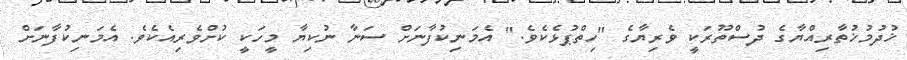
ޚުދުމުޚުތާރިއްޔާގެ ދުސްތޫރަކީ ވެރިޔާގެ "ހިތްޕުޅެކެވެ." އެމަނިކުފާނަށް ސަނާ ނުކިޔާ މީހަކީ ކުށްވެރިއެކެވެ. އެމަނިކުފާނަށް